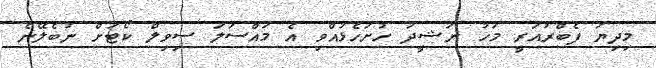
މިދިޔަ ފެބްރުއަރީ މަހު ނަޝީދު ހުށަހެޅުއްވި އެ މައްސަލަ ސިވިލް ކޯޓަށް ނުބެލޭނެ